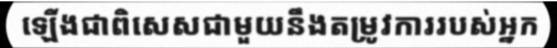
ឡើងជាពិសេសជាមួយនឹងតម្រូវការរបស់អ្នក